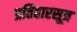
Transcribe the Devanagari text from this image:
प्रतिहारसूत्र